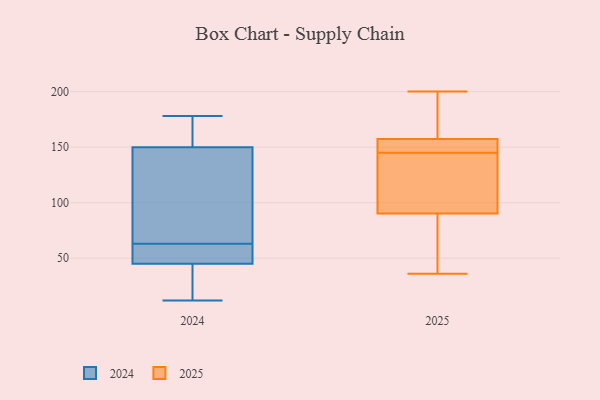
{"axis": {"x": "Backlog", "y": "Value"}, "legend": ["2024", "2025"], "data": [{"x": "", "y": 147, "type": "2025"}, {"x": "", "y": 145, "type": "2025"}, {"x": "", "y": 85, "type": "2025"}, {"x": "", "y": 152, "type": "2025"}, {"x": "", "y": 106, "type": "2025"}, {"x": "", "y": 162, "type": "2025"}, {"x": "", "y": 200, "type": "2025"}, {"x": "", "y": 36, "type": "2025"}, {"x": "", "y": 60, "type": "2025"}, {"x": "", "y": 159, "type": "2025"}, {"x": "", "y": 116, "type": "2025"}, {"x": "", "y": 148, "type": "2024"}, {"x": "", "y": 64, "type": "2024"}, {"x": "", "y": 154, "type": "2024"}, {"x": "", "y": 152, "type": "2024"}, {"x": "", "y": 62, "type": "2024"}, {"x": "", "y": 56, "type": "2024"}, {"x": "", "y": 41, "type": "2024"}, {"x": "", "y": 70, "type": "2024"}, {"x": "", "y": 17, "type": "2024"}, {"x": "", "y": 178, "type": "2024"}, {"x": "", "y": 58, "type": "2024"}, {"x": "", "y": 18, "type": "2024"}, {"x": "", "y": 122, "type": "2024"}, {"x": "", "y": 49, "type": "2024"}, {"x": "", "y": 12, "type": "2024"}, {"x": "", "y": 162, "type": "2024"}]}